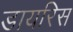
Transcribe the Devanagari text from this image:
डायरिस